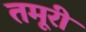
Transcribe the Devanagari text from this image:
तमूरी